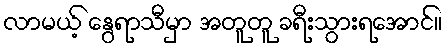
လာမယ့် နွေရာသီမှာ အတူတူ ခရီးသွားရအောင်။